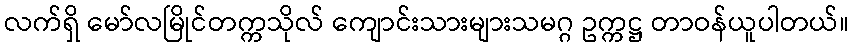
လက်ရှိ မော်လမြိုင်တက္ကသိုလ် ကျောင်းသားများသမဂ္ဂ ဥက္ကဋ္ဌ တာဝန်ယူပါတယ်။